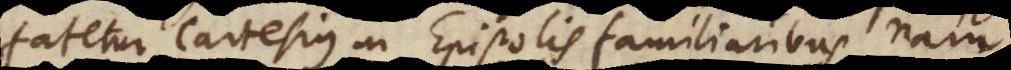
Fatetur ipse in Epistolis familiaribus